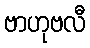
ဗာဟုဗလီ